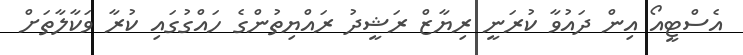
އެސްޓީއޯ އިން ދައުވާ ކުރަނީ ރިޔާޒް ރަޝީދު ރައްޔިތުންގެ ހައްގުގައި ކުރާ ވަކާލާތަށް